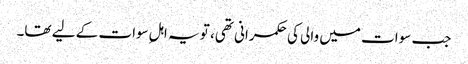
جب سوات میں والی کی حکمرانی تھی، تو یہ اہلِ سوات کے لیے تھا۔